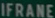
IFRANE